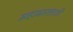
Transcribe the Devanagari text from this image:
महाभारताशी